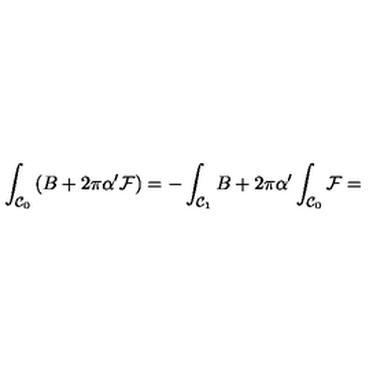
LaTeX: \int _ { { \cal C } _ { 0 } } \left( B + 2 \pi \alpha ^ { \prime } { \cal F } \right) = - \int _ { { \cal C } _ { 1 } } B + 2 \pi \alpha ^ { \prime } \int _ { { \cal C } _ { 0 } } { \cal F } =